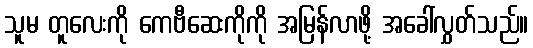
သူမ တူလေးကို ကေဗီဆေးကိုကို အမြန်လာဖို့ အခေါ်လွှတ်သည်။